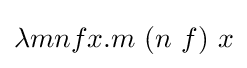
\lambda mnfx.m\ (n\ f)\ x